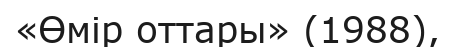
«Өмір оттары» (1988),